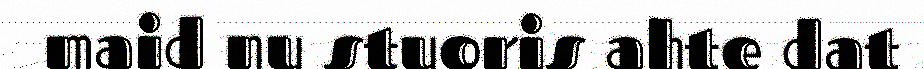
maid nu stuoris ahte dat